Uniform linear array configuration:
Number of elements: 12
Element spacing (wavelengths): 1
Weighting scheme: uniform
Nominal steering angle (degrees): -15
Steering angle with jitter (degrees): -15.187
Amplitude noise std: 0.05
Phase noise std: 0.05

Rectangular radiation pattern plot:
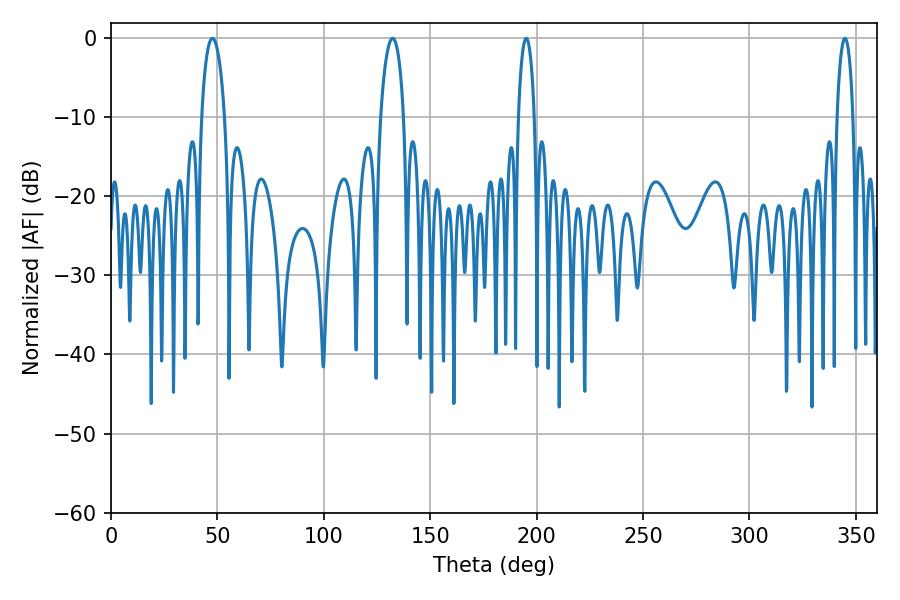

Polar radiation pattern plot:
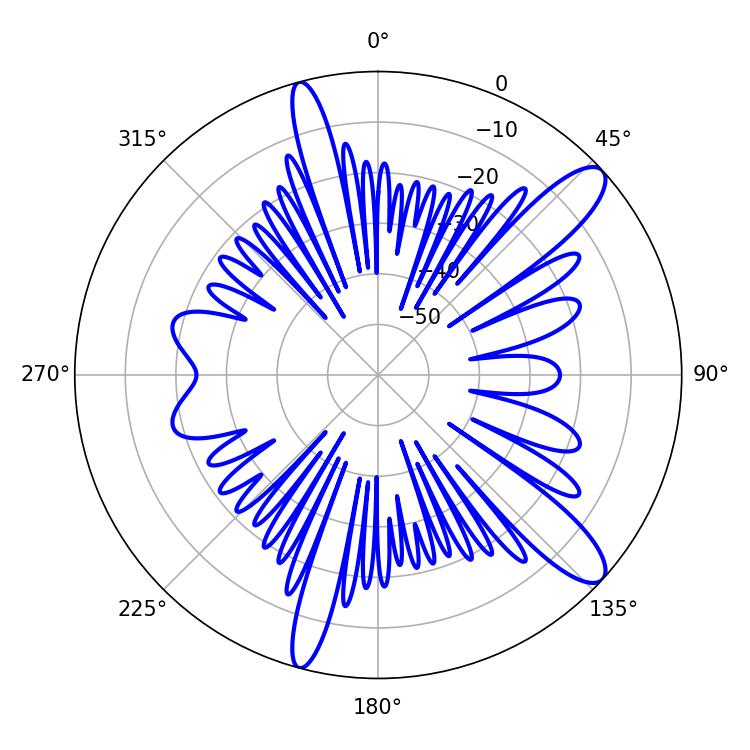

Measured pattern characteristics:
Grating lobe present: TRUE
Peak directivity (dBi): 11.895
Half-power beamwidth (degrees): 4.32
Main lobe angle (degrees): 195.12